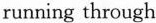
running through